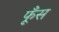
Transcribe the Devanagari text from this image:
फूँस